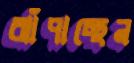
ঝাঁপাচ্ছেন